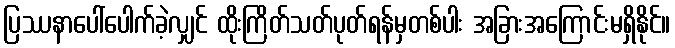
ပြဿနာပေါ်ပေါက်ခဲ့လျှင် ထိုးကြိတ်သတ်ပုတ်ရန်မှတစ်ပါး အခြားအကြောင်းမရှိနိုင်။